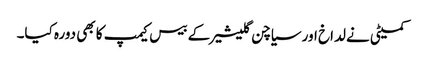
کمیٹی نے لداخ اور سیاچن گلیشیر کے بیس کیمپ کا بھی دورہ کیا۔